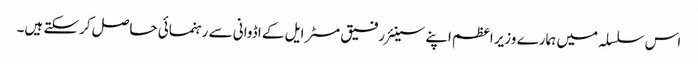
اس سلسلہ میں ہمارے وزیراعظم اپنے سینئر رفیق مسٹر ایل کے اڈوانی سے رہنمائی حاصل کرسکتے ہیں۔